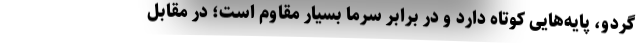
گردو، پایه‌­هایی کوتاه دارد و در برابر سرما بسیار مقاوم است؛ در مقابل